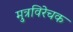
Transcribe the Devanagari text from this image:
मुत्रविरेचक